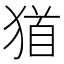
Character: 𤠁